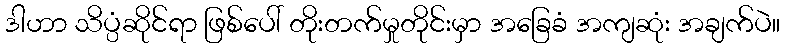
ဒါဟာ သိပ္ပံဆိုင်ရာ ဖြစ်ပေါ် တိုးတက်မှုတိုင်းမှာ အခြေခံ အကျဆုံး အချက်ပဲ။